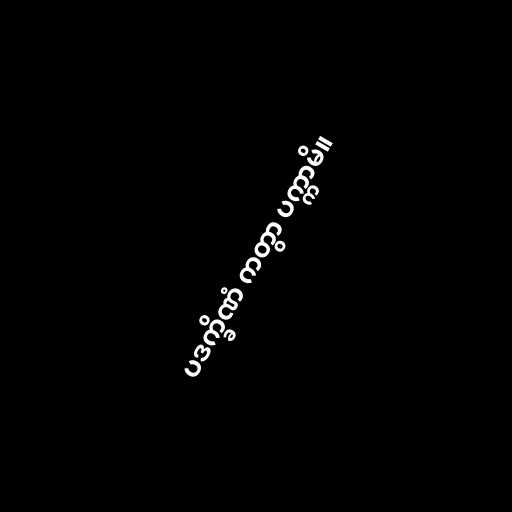
ပဒက္ခိဏံ ကတွာ ပက္ကာမိ။